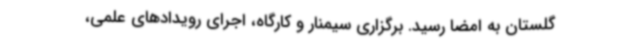
گلستان به امضا رسید. برگزاری سیمنار و کارگاه، اجرای رویدادهای علمی،